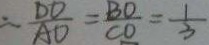
= \frac { D D } { A D } = \frac { B O } { C O } = \frac { 1 } { 3 }